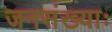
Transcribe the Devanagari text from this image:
जनसंख्याः